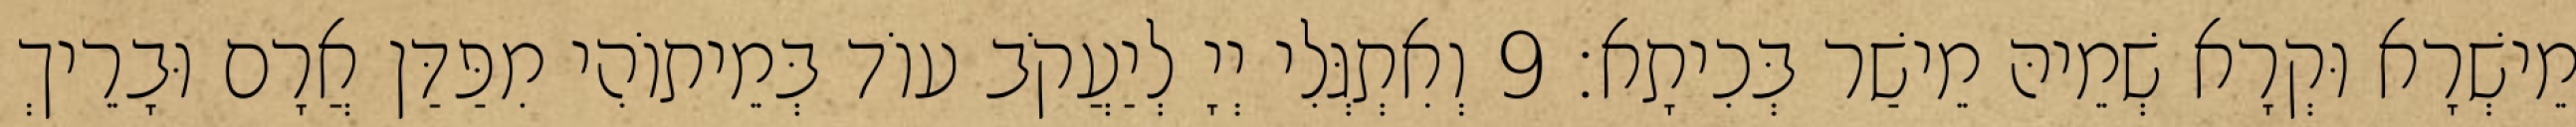
מֵישְׁרָא וּקְרָא שְׁמֵיהּ מֵישַׁר בְּכִיתָא׃ 9 וְאִתְגְּלִי יְיָ לְיַעֲקֹב עוֹד בְּמֵיתוֹהִי מִפַּדַּן אֲרָם וּבָרֵיךְ